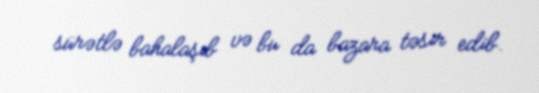
sürətlə bahalaşıb və bu da bazara təsir edib.